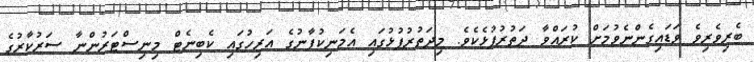
ބެރިވެރިވެ ވަޑައިގެންނެވުމަށް ކުރައްވާ ދަތުރުފުޅެކެވެ. މިދަތުރުފުޅުގައި އެމަނިކުފާނުގެ އަރިހުގައި ކެބިނެޓް މިނިސްޓަރުންނާ ސަރުކާރުގެ